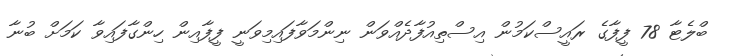
ބްލެޓާ 78 ފީފާގެ ރައީސްކަމުން އިސްތިއުފާދެއްވަން ނިންމަވާފައިމިވަނީ ފީފާއިން ހިންގާފައިވާ ކަމަށް ބުނާ